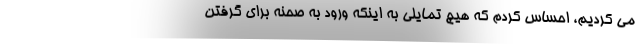
می کردیم، احساس کردم که هیچ تمایلی به اینکه ورود به صحنه برای گرفتن